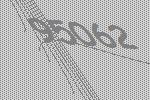
95062